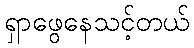
ရှာဖွေနေသင့်တယ်